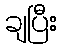
ချပြီး